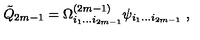
{ \tilde { Q } } _ { 2 m - 1 } = \Omega _ { i _ { 1 } \dots i _ { 2 m - 1 } } ^ { ( 2 m - 1 ) } \psi _ { i _ { 1 } \dots i _ { 2 m - 1 } } \ ,